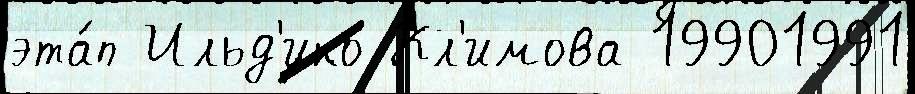
эта́п Ильд'ико Кл'имова 19901991